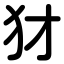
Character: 犲